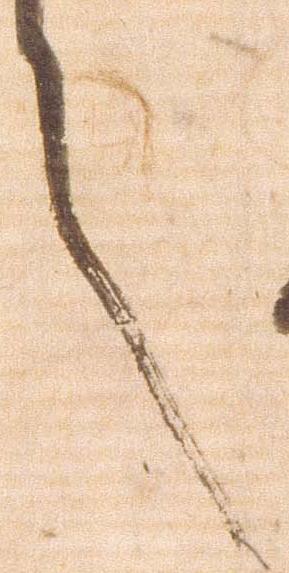
言